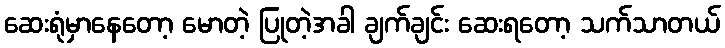
ဆေးရုံမှာနေတော့ မောတဲ့ ပြုတဲ့အခါ ချက်ချင်း ဆေးရတော့ သက်သာတယ်